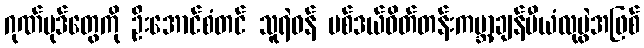
ဂုဏ်ပုဒ်တွေကို ဦးအောင်စံတင် သူရဲဝန် မစ်ဒယ်ဝိတ်တန်းကမ္ဘာ့ချန်ပီယံလုပွဲအဖြစ်